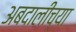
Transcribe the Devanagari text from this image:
अबदालीच्या